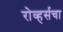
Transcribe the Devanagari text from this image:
रोव्हर्सचा